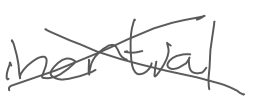
Text: inertial
Cross-out: mix
Writing tool: digital_gray